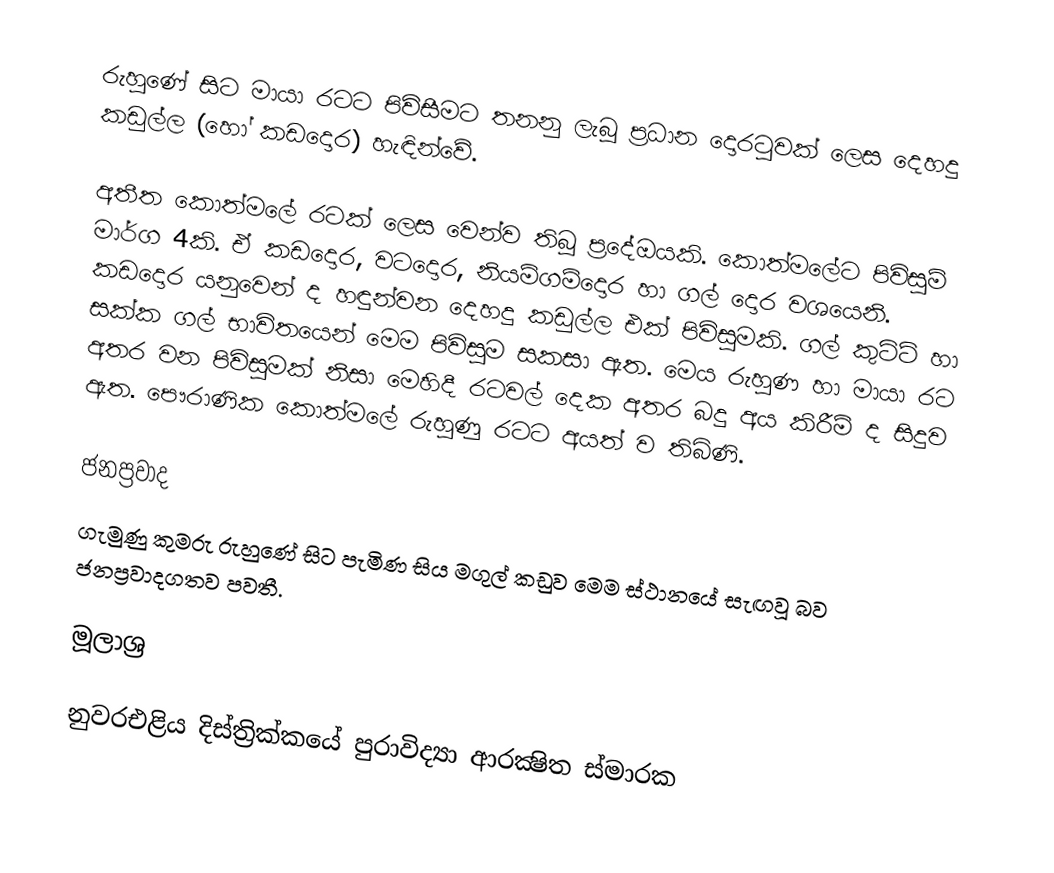
රුහුණේ සිට මායා රටට පිවිසීමට තනනු ලැබූ ප්‍රධාන දොරටුවක් ලෙස දෙහදු කඩුල්ල (හෝ කඩදොර) හැඳින්වේ.

අතීත කොත්මලේ රටක් ලෙස වෙන්ව තිබූ ප්‍රදේඔයකි. කොත්මලේට පිවිසුම් මාර්ග 4කි. ඒ  කඩදොර, වටදොර, නියම්ගම්දොර හා ගල් දොර වශයෙනි. කඩදොර යනුවෙන් ද හඳුන්වන දෙහදු  කඩුල්ල එක් පිවිසුමකි. ගල් කුට්ටි හා සක්ක ගල් භාවිතයෙන්  මෙම පිවිසුම සකසා ඇත. මෙය රුහුණ හා මායා රට අතර වන පිවිසුමක් නිසා මෙහිදී රටවල් දෙක අතර බදු අය කිරීම් ද සිදුව ඇත. පෞරාණික කොත්මලේ රුහුණු රටට අයත් ව තිබිණි.

ජනප්‍රවාද
ගැමුණු කුමරු රුහුණේ සිට පැමිණ සිය මගුල් කඩුව මෙම ස්ථානයේ සැඟවූ බව ජනප්‍රවාදගතව පවතී.

මූලාශ්‍ර

නුවරඑළිය දිස්ත්‍රික්කයේ පුරාවිද්‍යා ආරක්‍ෂිත ස්මාරක